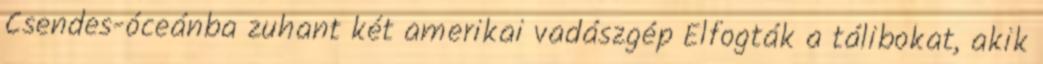
Csendes-óceánba zuhant két amerikai vadászgép Elfogták a tálibokat, akik